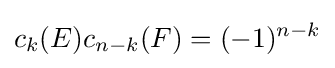
c_{k}(E)c_{n-k}(F)=(-1)^{n-k}